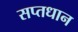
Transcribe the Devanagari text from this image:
सप्तधान